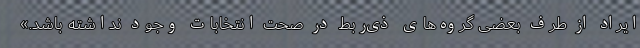
ایراد از طرف بعضی گروه‌های ذی‌ربط در صحت انتخابات وجود نداشته باشد.»